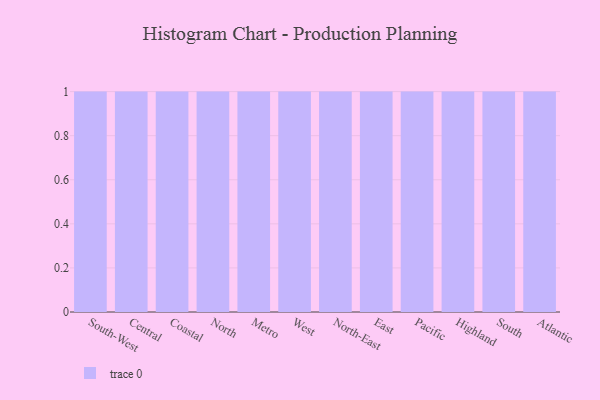
{"axis": {"x": "Region", "y": "Budget (USD K)"}, "legend": [""], "data": [{"x": "South-West", "y": 72, "type": ""}, {"x": "Central", "y": 74, "type": ""}, {"x": "Coastal", "y": 40, "type": ""}, {"x": "North", "y": 69, "type": ""}, {"x": "Metro", "y": 38, "type": ""}, {"x": "West", "y": 73, "type": ""}, {"x": "North-East", "y": 20, "type": ""}, {"x": "East", "y": 53, "type": ""}, {"x": "Pacific", "y": 38, "type": ""}, {"x": "Highland", "y": 20, "type": ""}, {"x": "South", "y": 22, "type": ""}, {"x": "Atlantic", "y": 12, "type": ""}]}